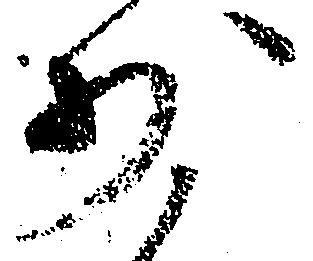
少